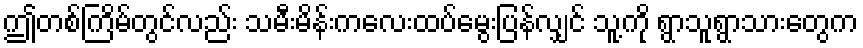
ဤတစ်ကြိမ်တွင်လည်း သမီးမိန်းကလေးထပ်မွေးပြန်လျှင် သူ့ကို ရွာသူရွာသားတွေက